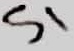
Text: S1